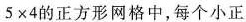
5×4的正方形网格中，每个小正